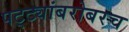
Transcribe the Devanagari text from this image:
पट्ट्यांबरोबरच